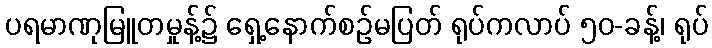
ပရမာဏုမြူတမှုန့်၌ ရှေ့နောက်စဉ်မပြတ် ရုပ်ကလာပ် ၅၀-ခန့်၊ ရုပ်